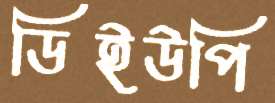
ডিইউপি